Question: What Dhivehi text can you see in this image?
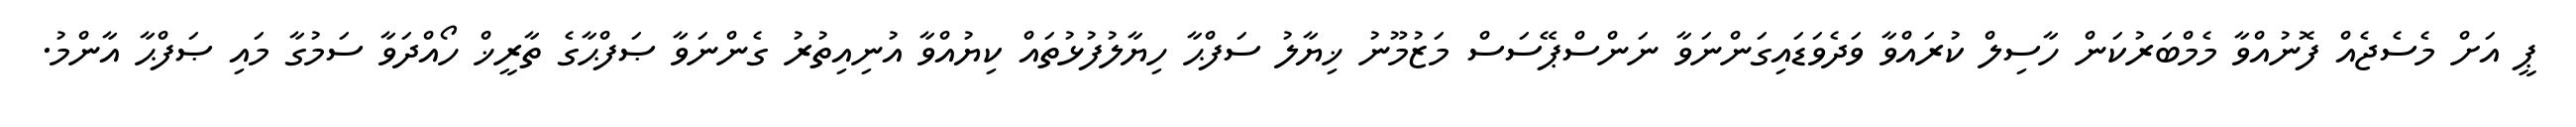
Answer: ޕީ އަށް މެސެޖެއް ފޮނުއްވާ މެމްބަރުކަން ހާސިލް ކުރައްވާ ވަދެވަޑައިގަންނަވާ ނަންސްޕޭސަސް މަޒުމޫނު ޚިޔާލު ސަފްޙާ ހިޔާލުފުޅުތައް ކިޔުއްވާ އުނިއިތުރު ގެންނަވާ ޞަފްޙާގެ ތާރީޚް ހޯއްދަވާ ސަމުގާ މައި ޞަފްޙާ އާންމު.